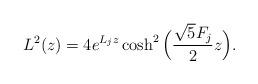
LaTeX: \begin{align*}L^2(z) = 4 e^{L_j z}\cosh^2 \Big ( \frac{\sqrt{5}F_j}{2} z\Big ).\end{align*}